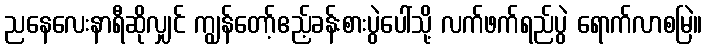
ညနေလေးနာရီဆိုလျှင် ကျွန်တော့်ဧည့်ခန်းစားပွဲပေါ်သို့ လက်ဖက်ရည်ပွဲ ရောက်လာစမြဲ။